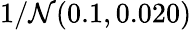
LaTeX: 1/\mathcal{N}(0.1,0.020)